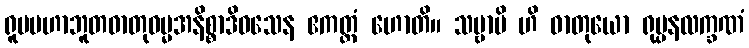
ရူပမဟာဘူတဓာတုဓမ္မအနိစ္စာဒိဝသေန ဧကတ္တံ ဟောတိ။ သဗ္ဗာပိ ဟိ ဓာတုယော ရုပ္ပနလက္ခဏံ